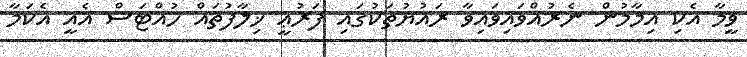
ވީމާ އެކި އިމާމުން ނެރުއްވައިވައިވާ ރައުޔުތަކުގައި ފަރުޢީ ޚިލާފުތައް ހުއްޓަސް އެއީ އެކަމާ